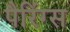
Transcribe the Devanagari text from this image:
पैरिंग्स